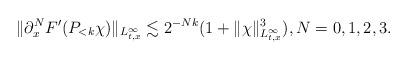
LaTeX: \begin{align*}\| \partial_x^N F'(P_{<k} \chi )\|_{L^\infty_{t,x}} \lesssim 2^{-Nk} (1+\|\chi\|_{L^\infty_{t,x}}^3), N = 0,1,2,3.\end{align*}